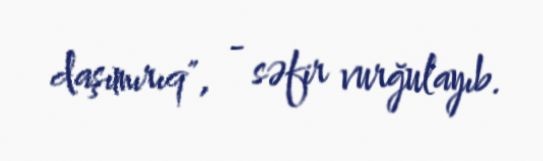
daşımırıq", - səfir vurğulayıb.